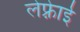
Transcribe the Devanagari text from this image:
लेफ़्रेाई